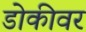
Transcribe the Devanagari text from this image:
डोकीवर